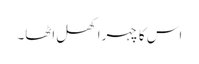
اس کا چہرا کھل اٹھا۔